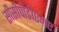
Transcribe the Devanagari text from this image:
सीसीपीडीएमए